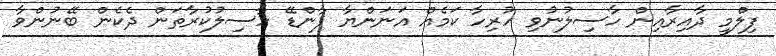
ފިލްމީ ދާއިރާއިން ހާސިލުނުވި ހުރިހާ ކަމެއް އަނަންޔާ ޕާންޑޭ ހާސިލުކުރާތަން ދެކެން ބޭނުންވާ